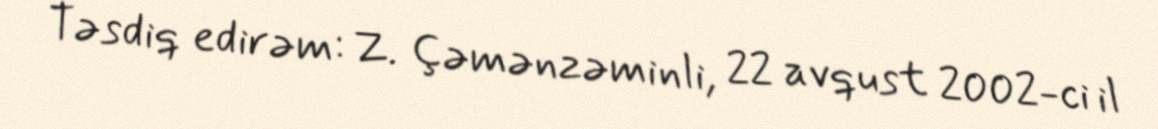
Təsdiq edirəm: Z. Çəmənzəminli, 22 avqust 2002-ci il